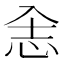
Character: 𰑎